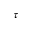
\tau